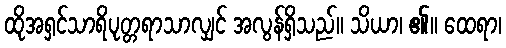
ထိုအရှင်သာရိပုတ္တရာသာလျှင် အလွန်ရှိသည်။ သိယာ၊ ၏။ ထေရာ၊